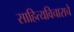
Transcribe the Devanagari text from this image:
साहित्यविचाराचे